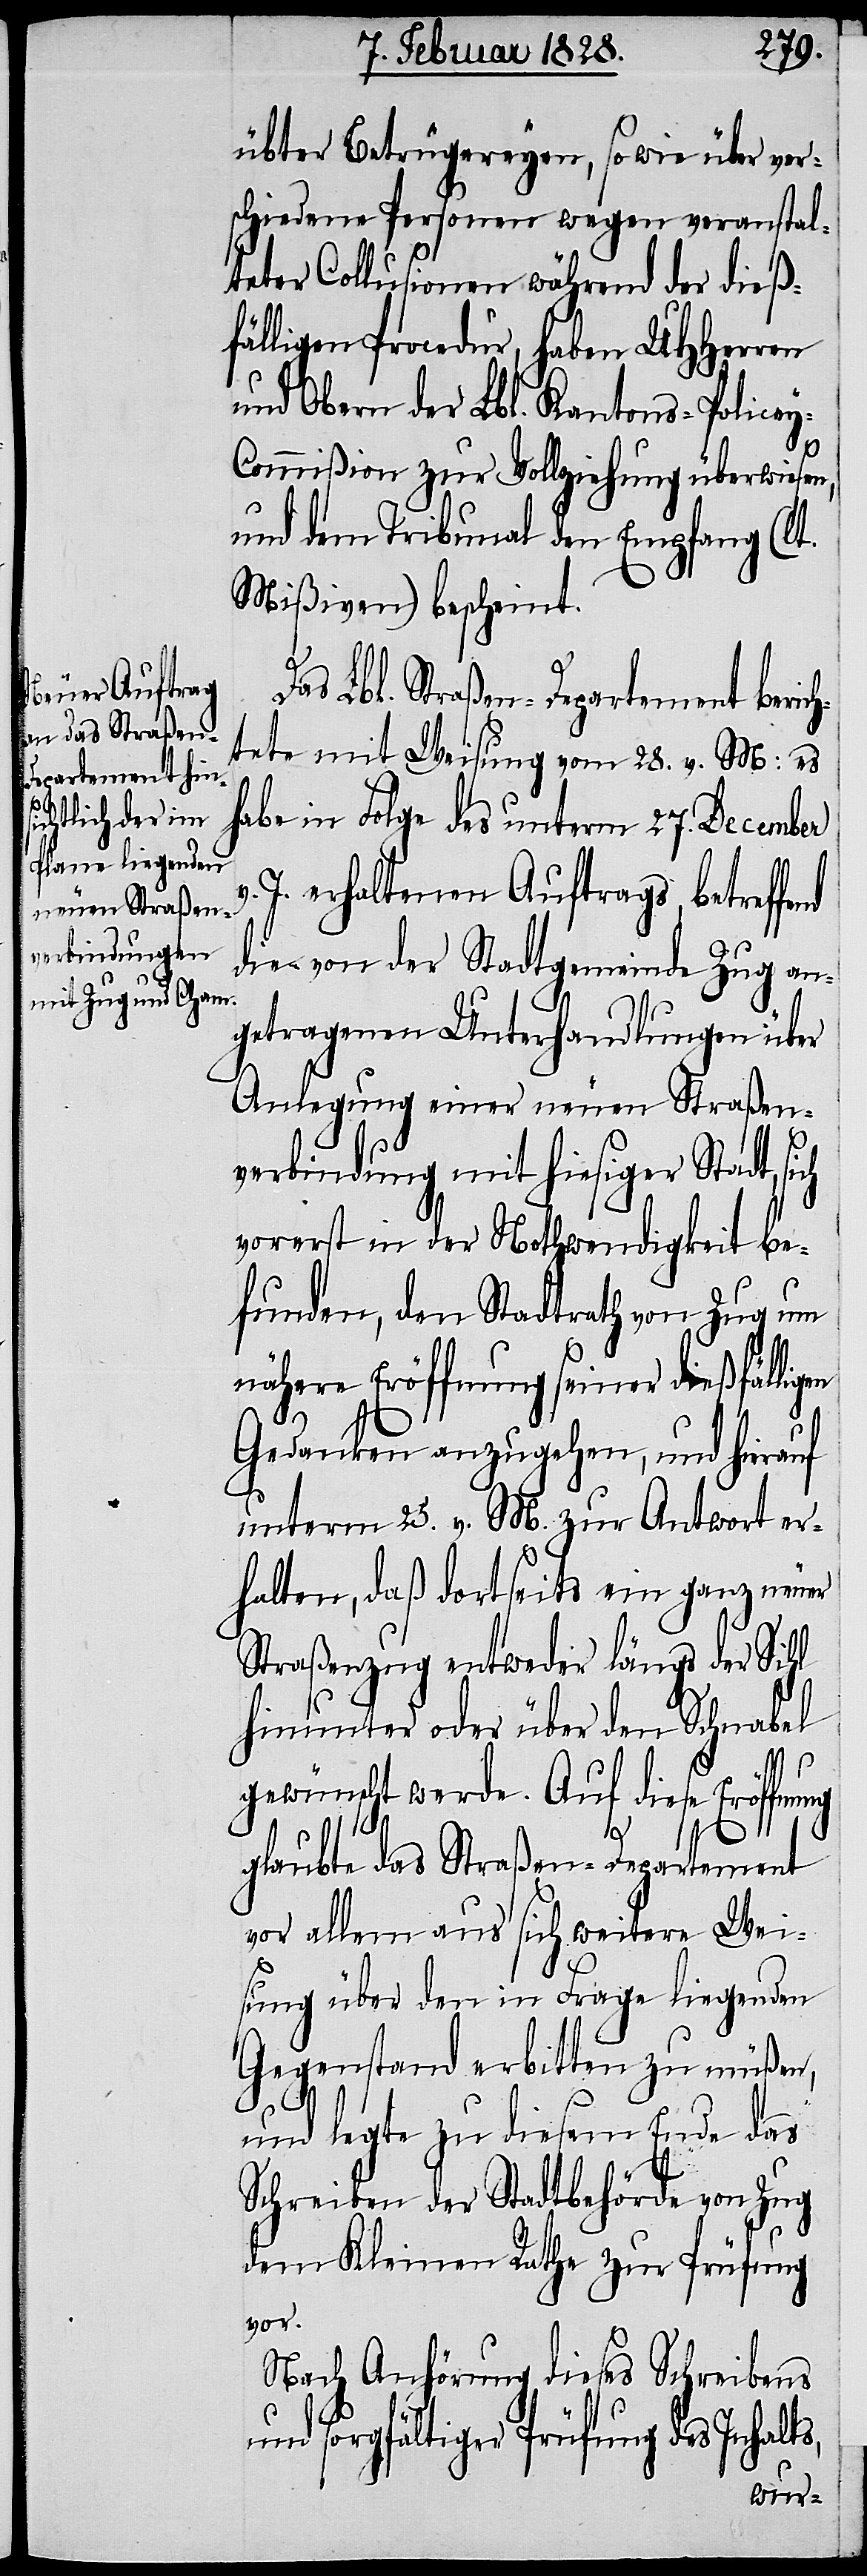
übter Betrügereyen, so wie über ver¬
schiedene Personen wegen veranstal¬
teter Collusionen während der dieß¬
fälligen Procedur, haben UHHerren
und Obern der Lbl. Kantons-Police¬
ommißion zur Vollziehung überwiesen,
und dem Tribunal den Empfang (lt.
Mißiven) bescheint.
Das Lbl. Straßen-Departement berich¬
tete mit Weisung vom 28. v. M: es
habe in Folge des unterm 27. December
J. erhaltenen Auftrags, betreffend
die von der Stadtgemeinde Zug an¬
getragenen Unterhandlungen über
Anlegung einer neuen Straßen¬
verbindung mit hiesiger Stadt, sich
vorerst in der Nothwendigkeit be¬
funden, dem Stadtrath von Zug um
nähere Eröffnung seiner dießfällig¬
en
Gedanken anzugehen, und hierauf
unterm 25. v. M. zur Antwort er¬
halten, daß dortseits ein ganz neuer
Straßenzug entweder längs der Sihl
hinunter oder über den Schnabel
v.
gewünscht werde. Auf diese Eröffnung
y-C¬
glaubte das Straßen-Departement
vor allem aus sich weitere Wei¬
sung über den in Frage liegenden
Gegenstand erbitten zu müßen,
und legte zu diesem Ende das
Schreiben der Stadtbehörde von Zug
dem Kleinen Rathe zur Prüfung
vor.
Nach Anhörung dieses Schreibens
und sorgfältiger Prüfung des Inhalts,